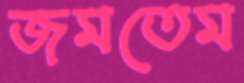
জমতেম